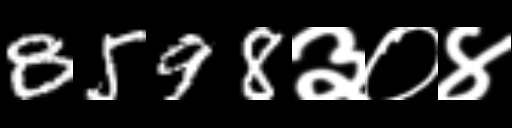
Text: 8598३०४